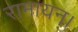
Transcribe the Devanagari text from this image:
रामायन।